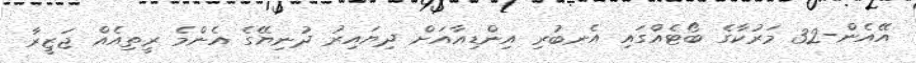
އޭއެން-32 މަރުކާގެ ބޯޓެއްގައި އެނބުރި އިންޑިއާއަށް ދިޔައިރު ދުނިޔޭގެ އެންމެ ރީތިއެއް ޖަޒީރާ